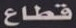
قطاع